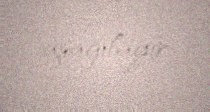
aşağılayır.